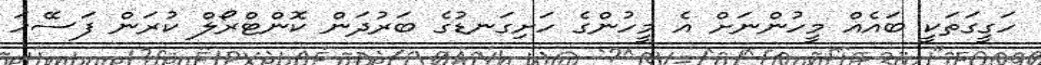
ހަގީގަތަކީ ބައެއް މީހުންނަށް އެ މީހުންގެ ހަށިގަނޑުގެ ބަރުދަން ކޮންޓްރޯލް ކުރަން ފަސޭހަ